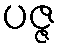
ပဇ္ဇ